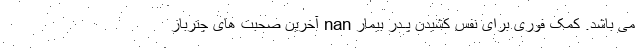
می باشد. کمک فوری برای نفس کشیدن پـدر بیمار nan آخرین صحبت های چترباز